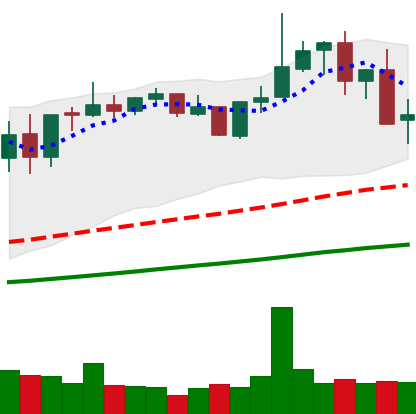
Ticker: XMR-USD
Chart end date: 2021-05-13
Forward return: -15.184%
Label: down_7plus